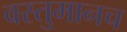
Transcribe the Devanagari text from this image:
वस्तुमानच